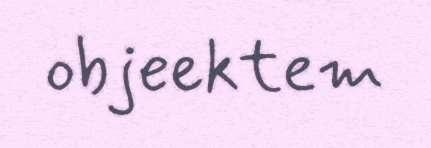
objeektem